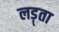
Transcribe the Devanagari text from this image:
लड़्ता